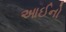
આઈનો